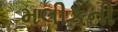
મલીકની